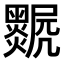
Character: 𤓅